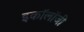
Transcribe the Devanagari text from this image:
इकाॅलाॅजी